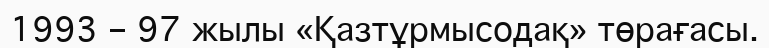
1993 – 97 жылы «Қазтұрмысодақ» төрағасы.